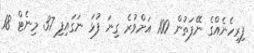
ފިރިހެނެއްގެ ނޭފަތުން 100 އަށްވުރެ ގިނަ ފުޅަ ނަގައިފި 37 މިނެޓް 18